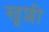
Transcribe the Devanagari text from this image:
खूशी